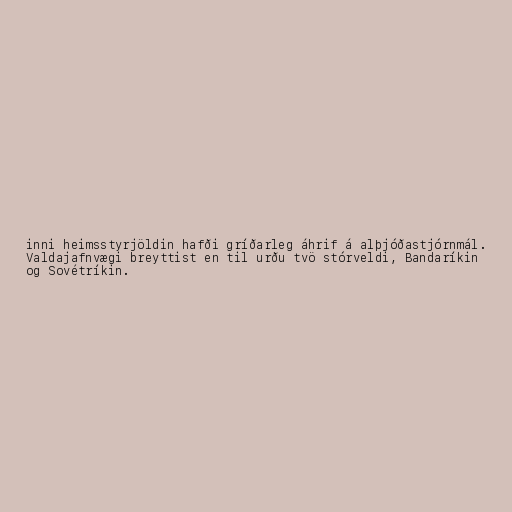
inni heimsstyrjöldin hafði gríðarleg áhrif á alþjóðastjórnmál.
Valdajafnvægi breyttist en til urðu tvö stórveldi, Bandaríkin
og Sovétríkin.